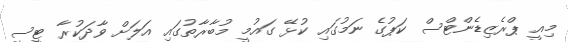
މިއީ ޕްރެޒިޑެންޓްސް ކަޕުގެ ނަމުގައި ކުޅޭ ގައުމީ މުބާރާތުގައި އަލަށް ވާދަކުރާ ޓީސީ